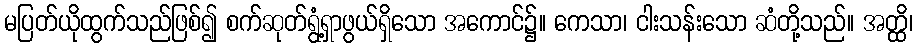
မပြတ်ယိုထွက်သည်ဖြစ်၍ စက်ဆုတ်ရွံ့ရှာဖွယ်ရှိသော အကောင်၌။ ကေသာ၊ ငါးသန်းသော ဆံတို့သည်။ အတ္ထိ၊